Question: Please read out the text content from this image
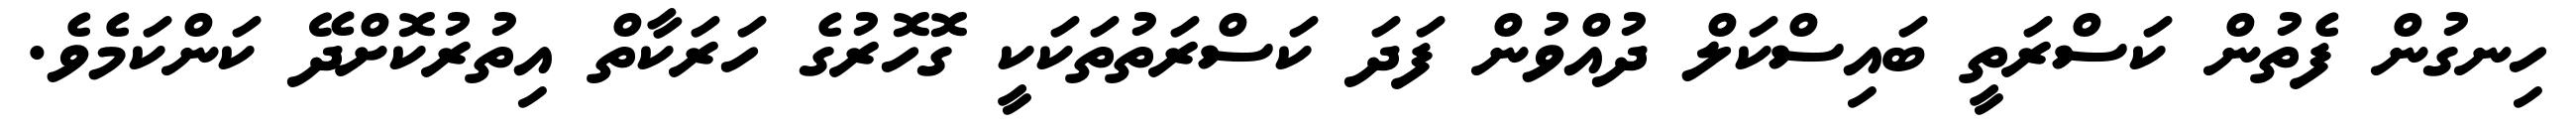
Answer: ހިނގުން ފެތުން ކަސްރަތީ ބައިސްކަލް ދުއްވުން ފަދަ ކަސްރަތުތަކަކީ ގޮހޮރުގެ ހަރަކާތް އިތުރުކޮށްދޭ ކަންކަމެވެ.